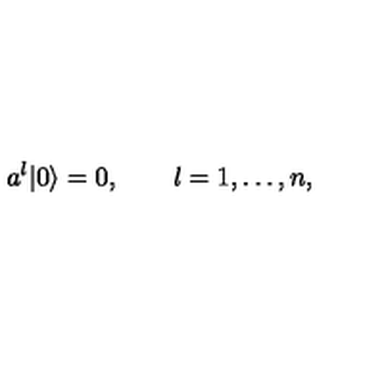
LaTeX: a ^ { l } | 0 \rangle = 0 , \qquad l = 1 , \ldots , n ,